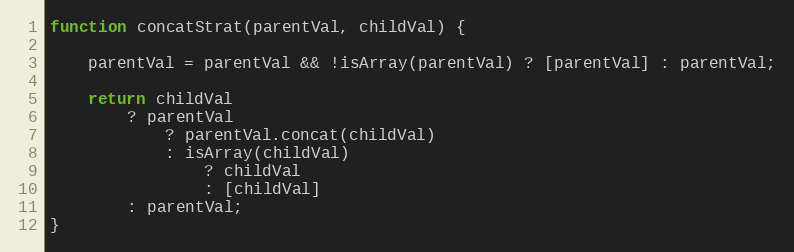
Language: JavaScript
function concatStrat(parentVal, childVal) {

    parentVal = parentVal && !isArray(parentVal) ? [parentVal] : parentVal;

    return childVal
        ? parentVal
            ? parentVal.concat(childVal)
            : isArray(childVal)
                ? childVal
                : [childVal]
        : parentVal;
}